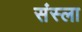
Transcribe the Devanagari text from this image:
संस्ला